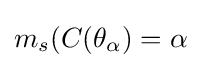
m_{s}(C(\theta _{\alpha })=\alpha